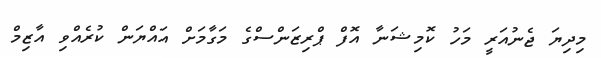
މިދިޔަ ޖެނުއަރީ މަހު ކޮމިޝަނާ އޮފް ޕްރިޒަންސްގެ މަގާމަށް އައްޔަން ކުރެއްވި އާޒިމް